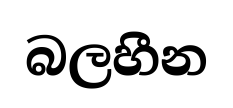
බලහීන